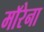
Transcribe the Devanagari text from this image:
माॅरेना